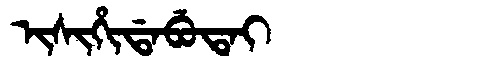
Manchu: ᡳᠰᡳᡥᡳᡩᠠᠪᡠᡨᠠᡳ
Romanization: ISIHIDABUTAI